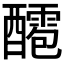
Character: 𨣙